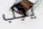
يجب